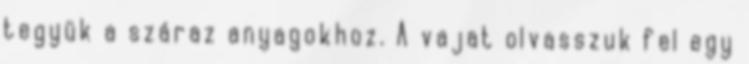
tegyük a száraz anyagokhoz. A vajat olvasszuk fel egy